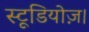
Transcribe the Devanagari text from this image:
स्टूडियोज़।